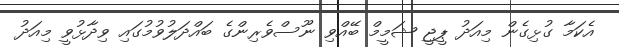
އެކަމާ ގުޅިގެން މިއަދު ޕީޖީ ޝަމީމް ބޭއްވި ނޫސްވެރިންގެ ބައްދަލުވުމުގައި ވިދާޅުވީ މިއަދު